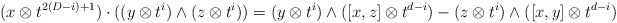
\begin{align*}(x\otimes t^{2(D-i)+1}) \cdot ((y \otimes t^i) \wedge (z \otimes t^i)) =(y \otimes t^i) \wedge ([x,z] \otimes t^{d-i}) - (z \otimes t^i) \wedge ([x,y] \otimes t^{d-i})\end{align*}